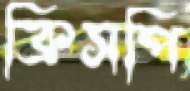
ক্রিসপি